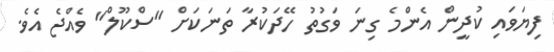
ފިޔަވައި ކުދީން އެންމެ ގިނަ ވަގުތު ހޭދަކުރާ ތަނަކަށް "ސްކޫލް" ވެއްޖެ އެވެ.